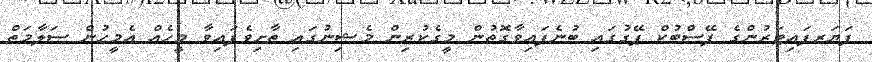
ފަޔަރފައިޓަރުންގެ ފޭސްބުކް ޕޭގުގައި ބުނެފައިވާގޮތުން މީގެކުރިން މެޝިނުގައި ތާށިވެފައިވާ މީހެއް އެމީހުން ސަލާމަތް